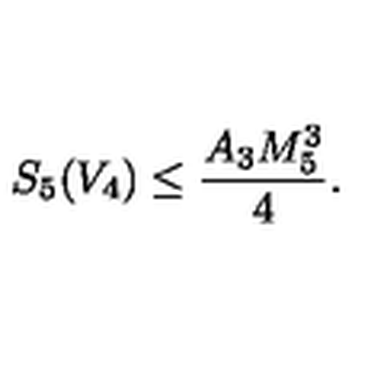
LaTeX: S _ { 5 } ( V _ { 4 } ) \leq \frac { A _ { 3 } M _ { 5 } ^ { 3 } } { 4 } .